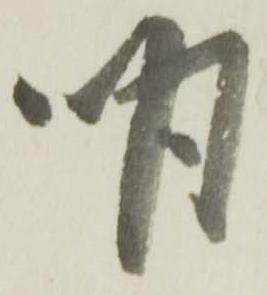
明